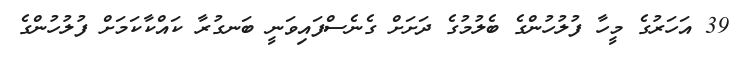
39 އަހަރުގެ މީހާ ފުލުހުންގެ ބެލުމުގެ ދަށަށް ގެެނެސްފައިވަނީ ބަނގުރާ ކައްކާކަމަށް ފުލުހުންގެ